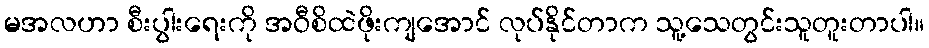
မအလဟာ စီးပွါးရေးကို အဝီစိထဲဖိုးကျအောင် လုပ်နိုင်တာက သူ့သေတွင်းသူတူးတာပါ။